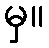
မှ။